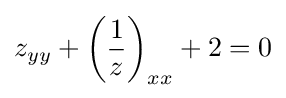
z_{yy}+\left({\frac {1}{z}}\right)_{xx}+2=0